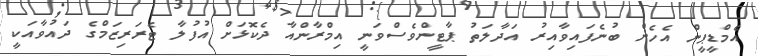
އެމްޑީޕީން އެހެން ބުނެފައިވާއިރު އަދާލަތު ޕާޓީންވެސްވަނީ އިމްރާންއާ ދެކޮޅަށް އުފުލާ ޓެރަރިޒަމްގެ ދައުވާއަކީ